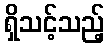
ရှိသင့်သည့်